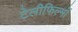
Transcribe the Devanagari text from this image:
टेलीफिल्मों